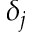
\delta _ { j }